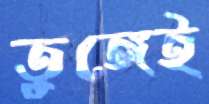
তুঙ্গেই